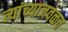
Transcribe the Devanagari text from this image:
त्यांच्याजवळच